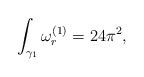
LaTeX: \begin{align*}\int_{\gamma_1}\omega^{(1)}_{r}=24\pi^2,\end{align*}